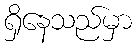
ရှိနေသည်မှာ